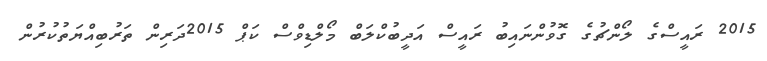
2015 ރައީސްގެ ލޯންޗުގެ ގޮވުންނައިބު ރައީސް އަދީބުކްލަބް މޯލްޑިވްސް ކަޕް 2015ދަރިން ތަރުބިއްޔަތުކުރުން